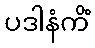
ပဒါနံကိံ